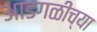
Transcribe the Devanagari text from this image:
आडगळीच्या